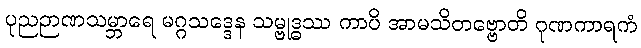
ပုညဉာဏသမ္ဘာရေ မဂ္ဂသဒ္ဒေန သမ္ဗုဒ္ဓဿ ကာပိ အာမသိတဗ္ဗောတိ ဂုဏကာရကံ